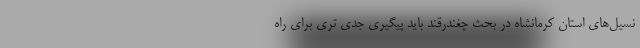
نسیل‌های استان کرمانشاه در بحث چغندرقند باید پیگیری جدی تری برای راه